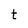
Character: t